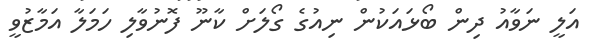
އަލީ ނަވާއު ދިން ބޯޅައަކުން ނިއުގެ ގޯލަށް ކާނޫ ފޮނުވާލި ހަމަލާ އަމާޒުވީ